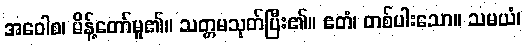
အဝေါစ၊ မိန့်တော်မူ၏။ သတ္တမသုတ်ပြီး၏။ ဧတံ၊ တစ်ပါးသော။ သမယံ၊